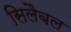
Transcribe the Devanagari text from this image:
सिलैबल